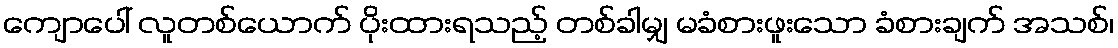
ကျောပေါ် လူတစ်ယောက် ပိုးထားရသည့် တစ်ခါမျှ မခံစားဖူးသော ခံစားချက် အသစ်၊